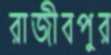
রাজীবপুর